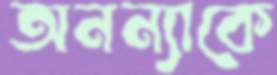
অনন্যাকে